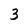
Character: 3